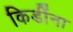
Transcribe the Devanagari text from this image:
किडींना